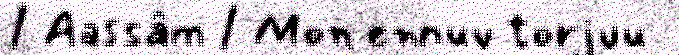
/ Aassâm / Mon ennuv torjuu